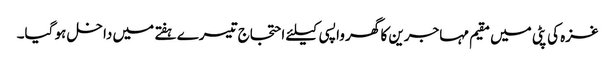
غزہ کی پٹی میں مقیم مہاجرین کا گھر واپسی کیلئے احتجاج تیسرے ہفتے میں داخل ہو گیا۔